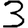
Digit: 3